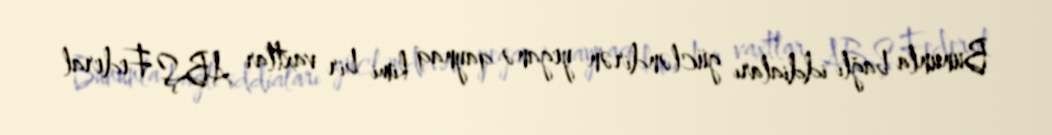
Bununla bağlı iddiaları gücləndirən yeganə qaynaq kimi bir vaxtlar ABŞ Federal